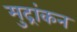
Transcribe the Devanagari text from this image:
मुद्रांकन